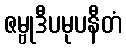
ဇမ္ဗုဒီပမုပနီတံ